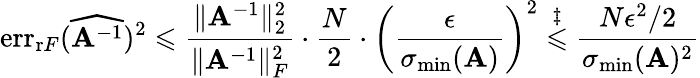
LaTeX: \mathrm{err}_{\mathrm{r}F}(\widehat{\mathbf{A}^{-1}})^{2}\leqslant\frac{\| \mathbf{A}^{-1}\| _{2}^{2}}{\| \mathbf{A}^{-1}\| _{F}^{2}}\cdot\frac{N}{2}\cdot\left(\frac{\epsilon}{\sigma_{\mathrm{min}}(\mathbf{A})}\right)^{2}\overset{\ddagger}{\leqslant}\frac{N\epsilon^{2}/2}{\sigma_{\mathrm{min}}(\mathbf{A})^{2}}